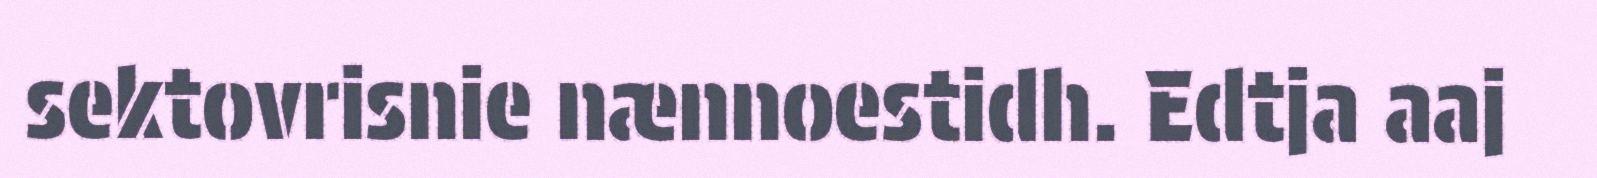
sektovrisnie nænnoestidh. Edtja aaj